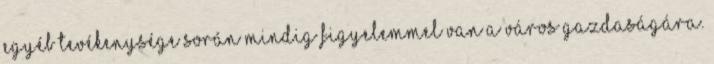
egyéb tevékenysége során mindig figyelemmel van a város gazdaságára.